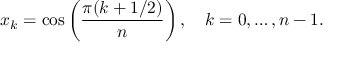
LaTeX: x _ { k } = \cos \left( { \frac { \pi ( k + 1 / 2 ) } { n } } \right) , \quad k = 0 , \ldots , n - 1 .